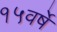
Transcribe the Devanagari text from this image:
१५वर्षे